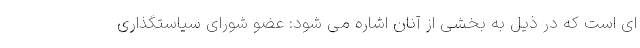
ای است که در ذیل به بخشی از آنان اشاره می شود: عضو شورای سیاستگذاری